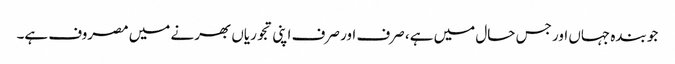
جو بندہ جہاں اور جس حال میں ہے، صرف اور صرف اپنی تجوریاں بھرنے میں مصروف ہے۔